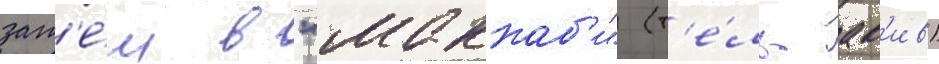
зат'е́м в "маккаб'и" (т'е́ль-ав'ив)